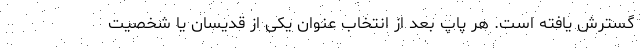
گسترش یافته است. هر پاپ بعد از انتخاب عنوان یکی از قدیسان یا شخصیت